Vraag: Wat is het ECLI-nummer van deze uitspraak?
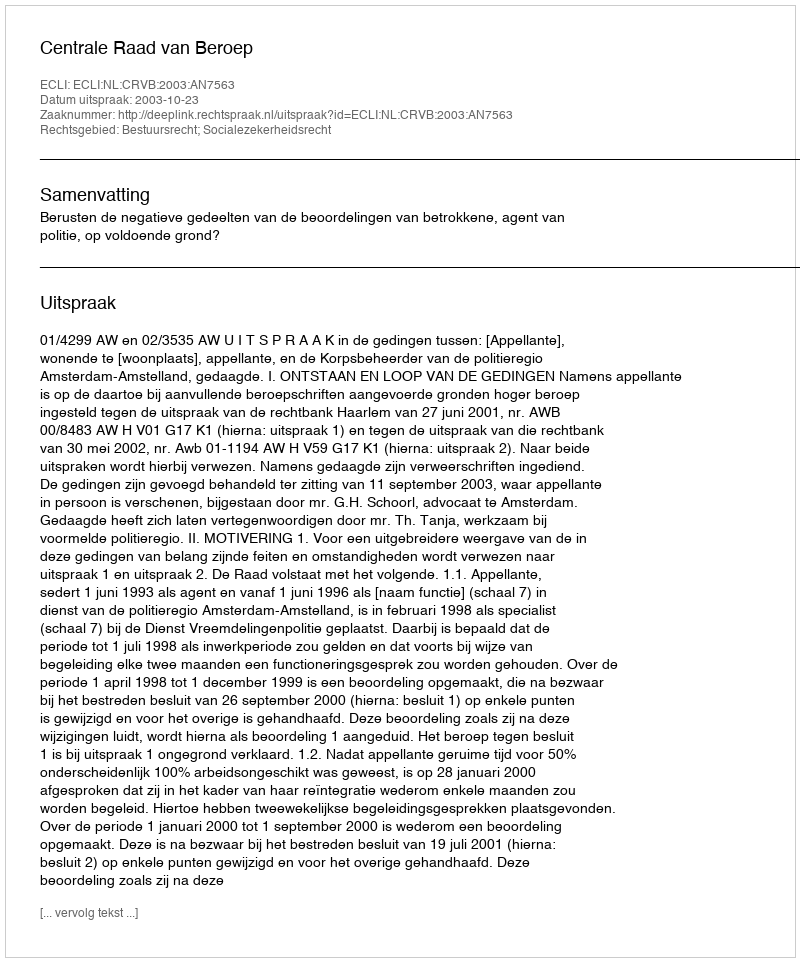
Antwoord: ECLI:NL:CRVB:2003:AN7563